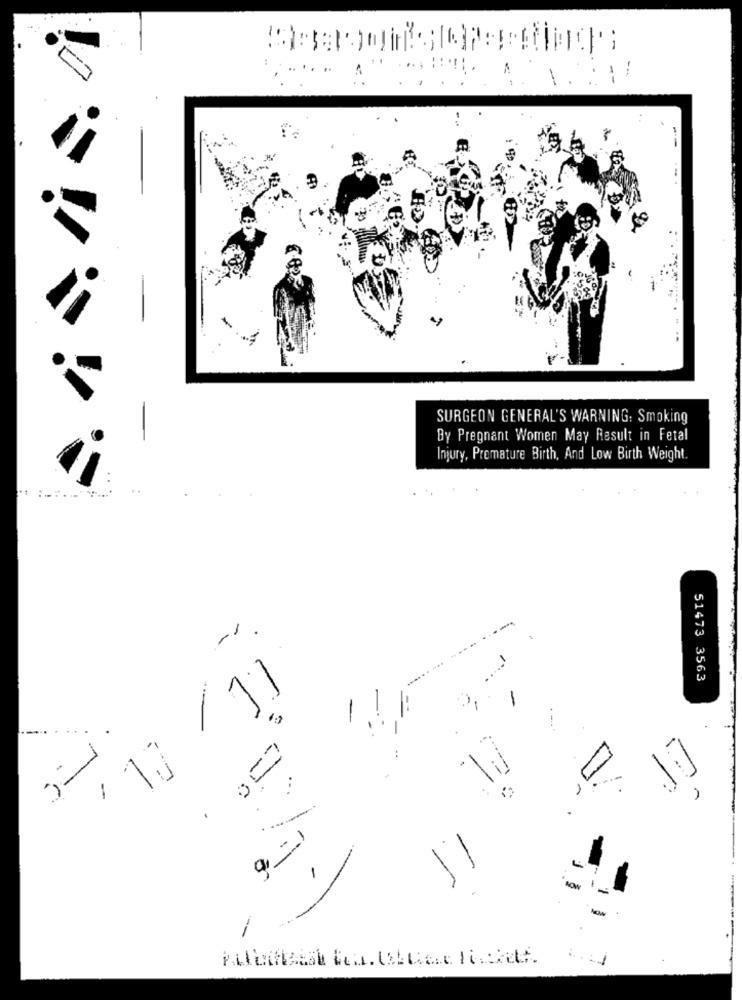
-.
-
SURGEON GENERAL'S WARNING: Smoking
By Pregnant Women May Result in Fetal
Injury, Premature Birth, And Low Birth Weight.
51473 3563
13 / 11
-
.-
,0
1
.
-
NOW
=